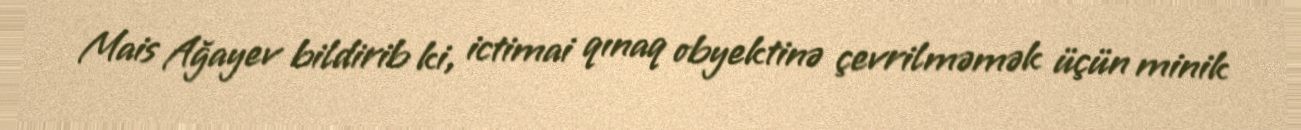
Mais Ağayev bildirib ki, ictimai qınaq obyektinə çevrilməmək üçün minik